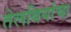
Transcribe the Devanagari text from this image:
तेलबियांचा